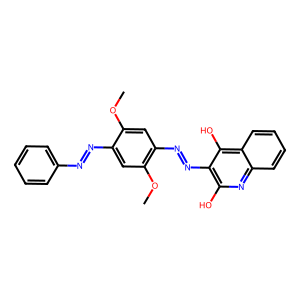
SMILES: COc1cc(N=Nc2c(O)nc3ccccc3c2O)c(OC)cc1N=Nc1ccccc1
Inhibits HIV replication: No